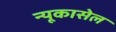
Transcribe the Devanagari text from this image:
न्यूकासेल